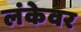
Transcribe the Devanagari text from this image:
लंकेवर